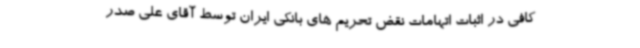
کافی در اثبات اتهامات نقض تحریم های بانکی ایران توسط آقای علی صدر